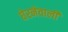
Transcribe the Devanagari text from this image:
घेरनेवाली